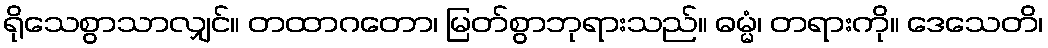
ရိုသေစွာသာလျှင်။ တထာဂတော၊ မြတ်စွာဘုရားသည်။ ဓမ္မံ၊ တရားကို။ ဒေသေတိ၊